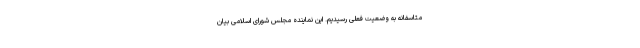
متاسفانه به وضعیت فعلی رسیدیم. این نماینده مجلس شورای اسلامی بیان